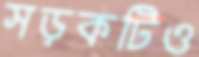
সড়কটিও